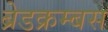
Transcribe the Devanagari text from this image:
ब्रेडक्रम्बस